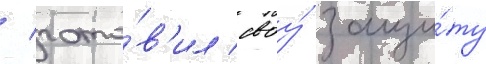
/ гото́в'ил своу́ защи́ту